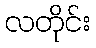
လတိုင်း